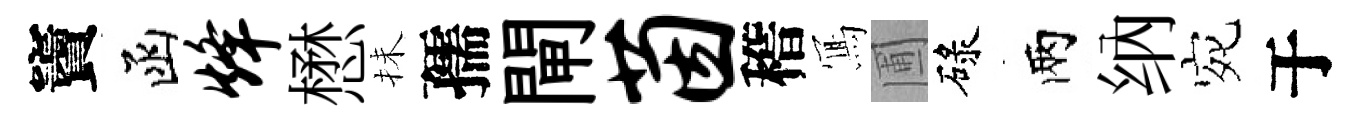
竇函烽懋抺孺閘茵稽𭂁圃碌兩纳宛于